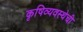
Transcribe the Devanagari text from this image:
कृषिव्यवस्थेची